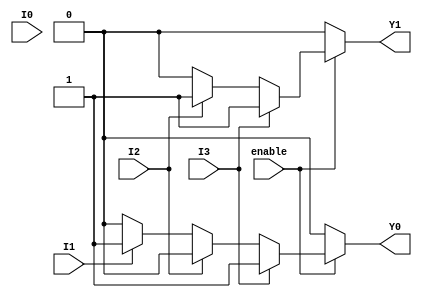
module encoder_4to2 (
    input wire I0,       // Input 0
    input wire I1,       // Input 1
    input wire I2,       // Input 2
    input wire I3,       // Input 3
    input wire enable,   // Enable signal
    output reg Y1,       // Output 1
    output reg Y0        // Output 0
);

always @(*) begin
    if (!enable) begin
        // If enable is low, set outputs to 0
        Y1 = 0;
        Y0 = 0;
    end else begin
        // Determine output based on input priority
        if (I3) begin
            Y1 = 1;
            Y0 = 1;
        end else if (I2) begin
            Y1 = 1;
            Y0 = 0;
        end else if (I1) begin
            Y1 = 0;
            Y0 = 1;
        end else if (I0) begin
            Y1 = 0;
            Y0 = 0;
        end else begin
            // If no inputs are active, set outputs to 0
            Y1 = 0;
            Y0 = 0;
        end
    end
end

endmodule